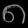
Digit: ၈